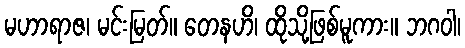
မဟာရာဇ၊ မင်းမြတ်။ တေနဟိ၊ ထိုသို့ဖြစ်မူကား။ ဘဂဝါ၊